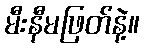
မီးနီမဖြတ်နဲ့။